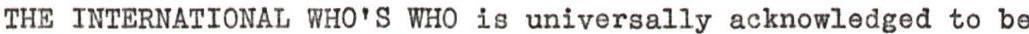
THE INTERNATIONAL WHO'S WHO is universally acknowledged to be